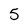
Character: 5